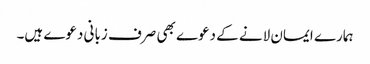
ہمارے ایمان لانے کے دعوے بھی صرف زبانی دعوے ہیں۔